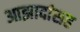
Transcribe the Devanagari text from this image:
आझादांसह